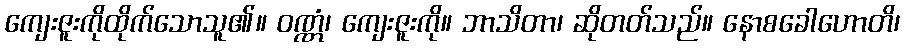
ကျေးဇူးကိုထိုက်သောသူ၏။ ဝဏ္ဏံ၊ ကျေးဇူးကို။ ဘာသိတာ၊ ဆိုတတ်သည်။ နောစခေါဟောတိ၊